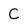
Character: C